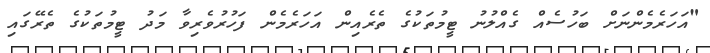
"އަހަރެމެންނަށް ބަހުސެއް ގެއްލުނު ޓީމުތަކުގެ ތެރެއިން އަހަރެމެން ފަހުރުވެރިވާ މަދު ޓީމުތަކުގެ ތެރޭގައި